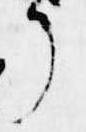
了